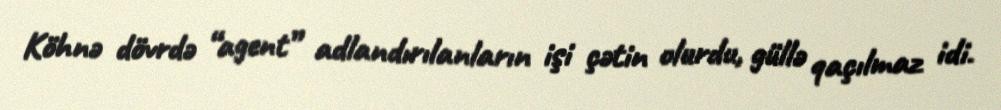
Köhnə dövrdə “agent” adlandırılanların işi çətin olurdu, güllə qaçılmaz idi.